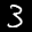
Label: 3